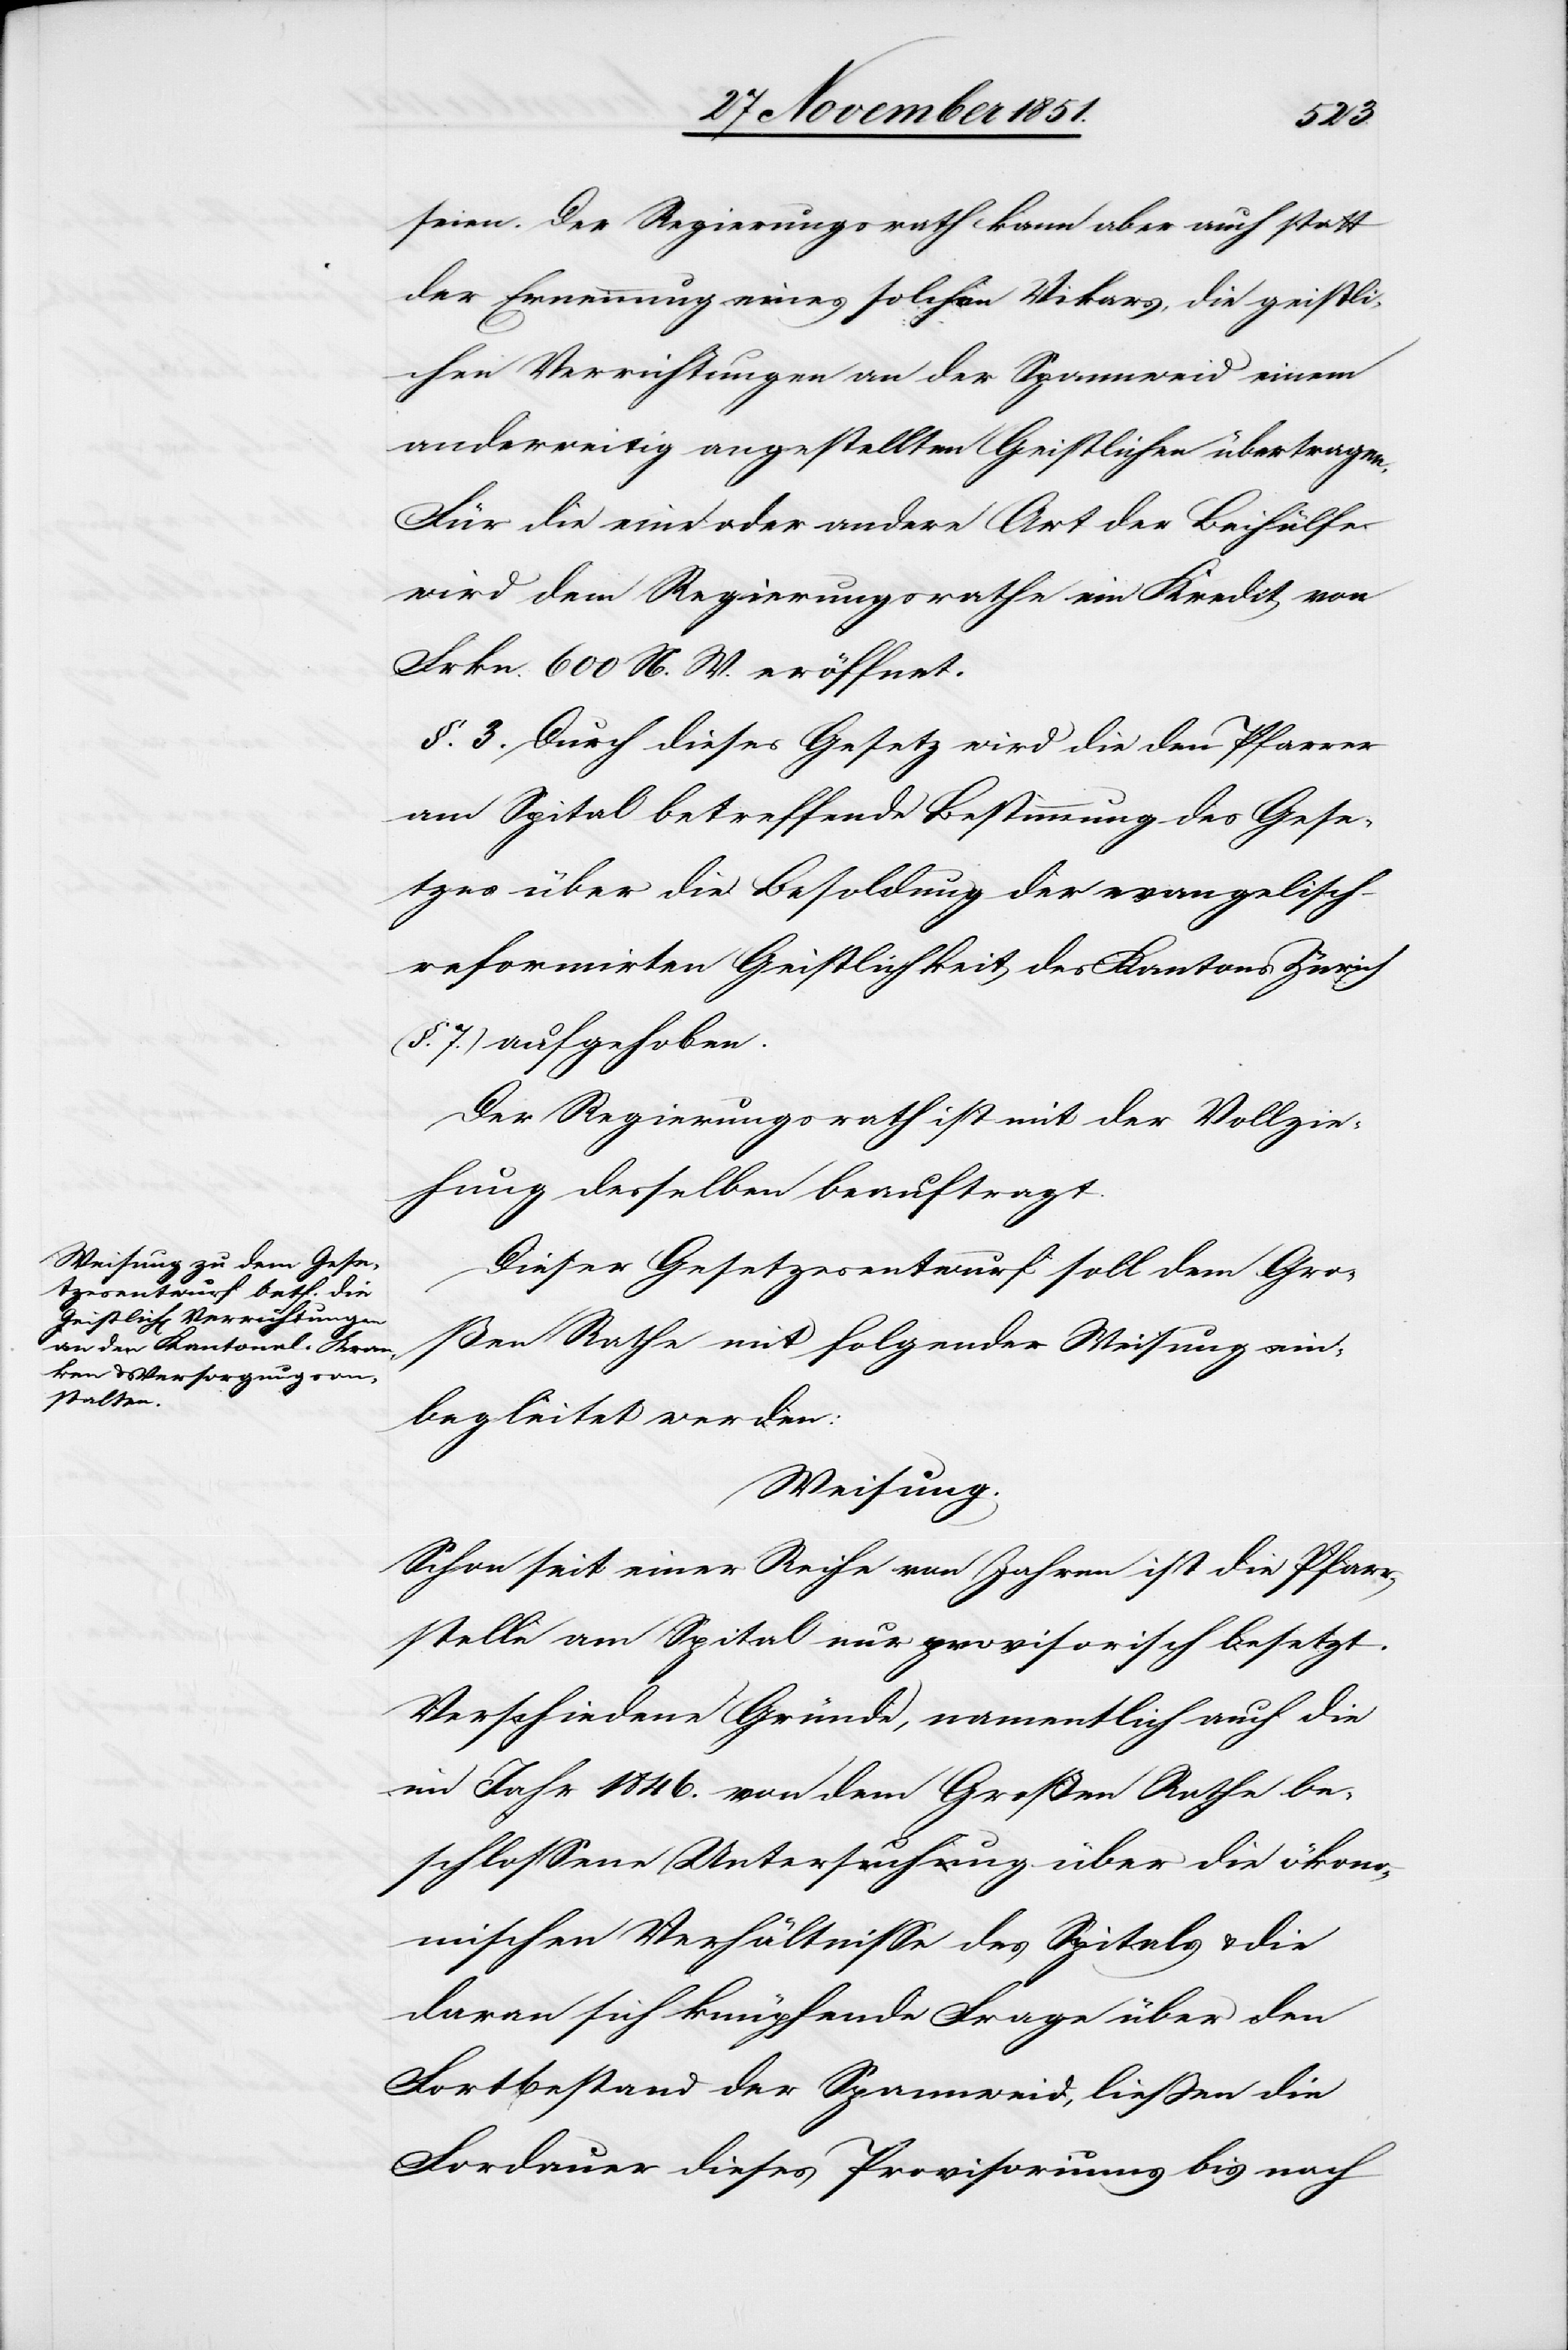
seien. Der Regierungsrath kann aber auch statt
der Ernennung eines solchen Vikars, die geistli¬
chen Verrichtungen an der Spannweid einem
anderweitig angestellten Geistlichen übertragen.
Für die eine oder andere Art der Beihülfe
wird dem Regierungsrathe ein Kredit von
Frkn. 600 N. W. eröffnet.
§. 3. Durch dieses Gesetz wird die den Pfarrer
am Spital betreffende Bestimmung des Gese¬
tzes über die Besoldung der evangelisch-r¬
eformirten Geistlichkeit des Kantons Zürich
(§. 7.) aufgehoben.
Der Regierungsrath ist mit der Vollzie¬
hung desselben beauftragt.
Dieser Gesetzesentwurf soll dem Gro¬
ßen Rathe mit folgender Weisung ein¬
begleitet werden:
Weisung.
Schon seit einer Reihe von Jahren ist die Pfarr¬
stelle am Spital nur provisorisch besetzt.
Verschiedene Gründe, namentlich auch die
im Jahr 1846. von dem Großen Rathe be¬
schlossene Untersuchung über die ökonom¬
ischen Verhältnisse des Spitals & die
daran sich knüpfende Frage über den
Fortbestand der Spannweid, ließen die
For[t]dauer dieses Provisoriums bis nach